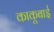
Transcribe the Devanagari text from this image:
काकूबाई